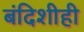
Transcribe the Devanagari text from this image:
बंदिशीही